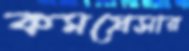
কমপ্রেসার